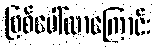
ဖြစ်ပေါ်လာကြောင်း